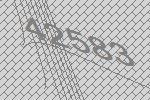
42583